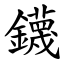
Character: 鑖